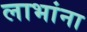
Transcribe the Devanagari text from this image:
लाभांना